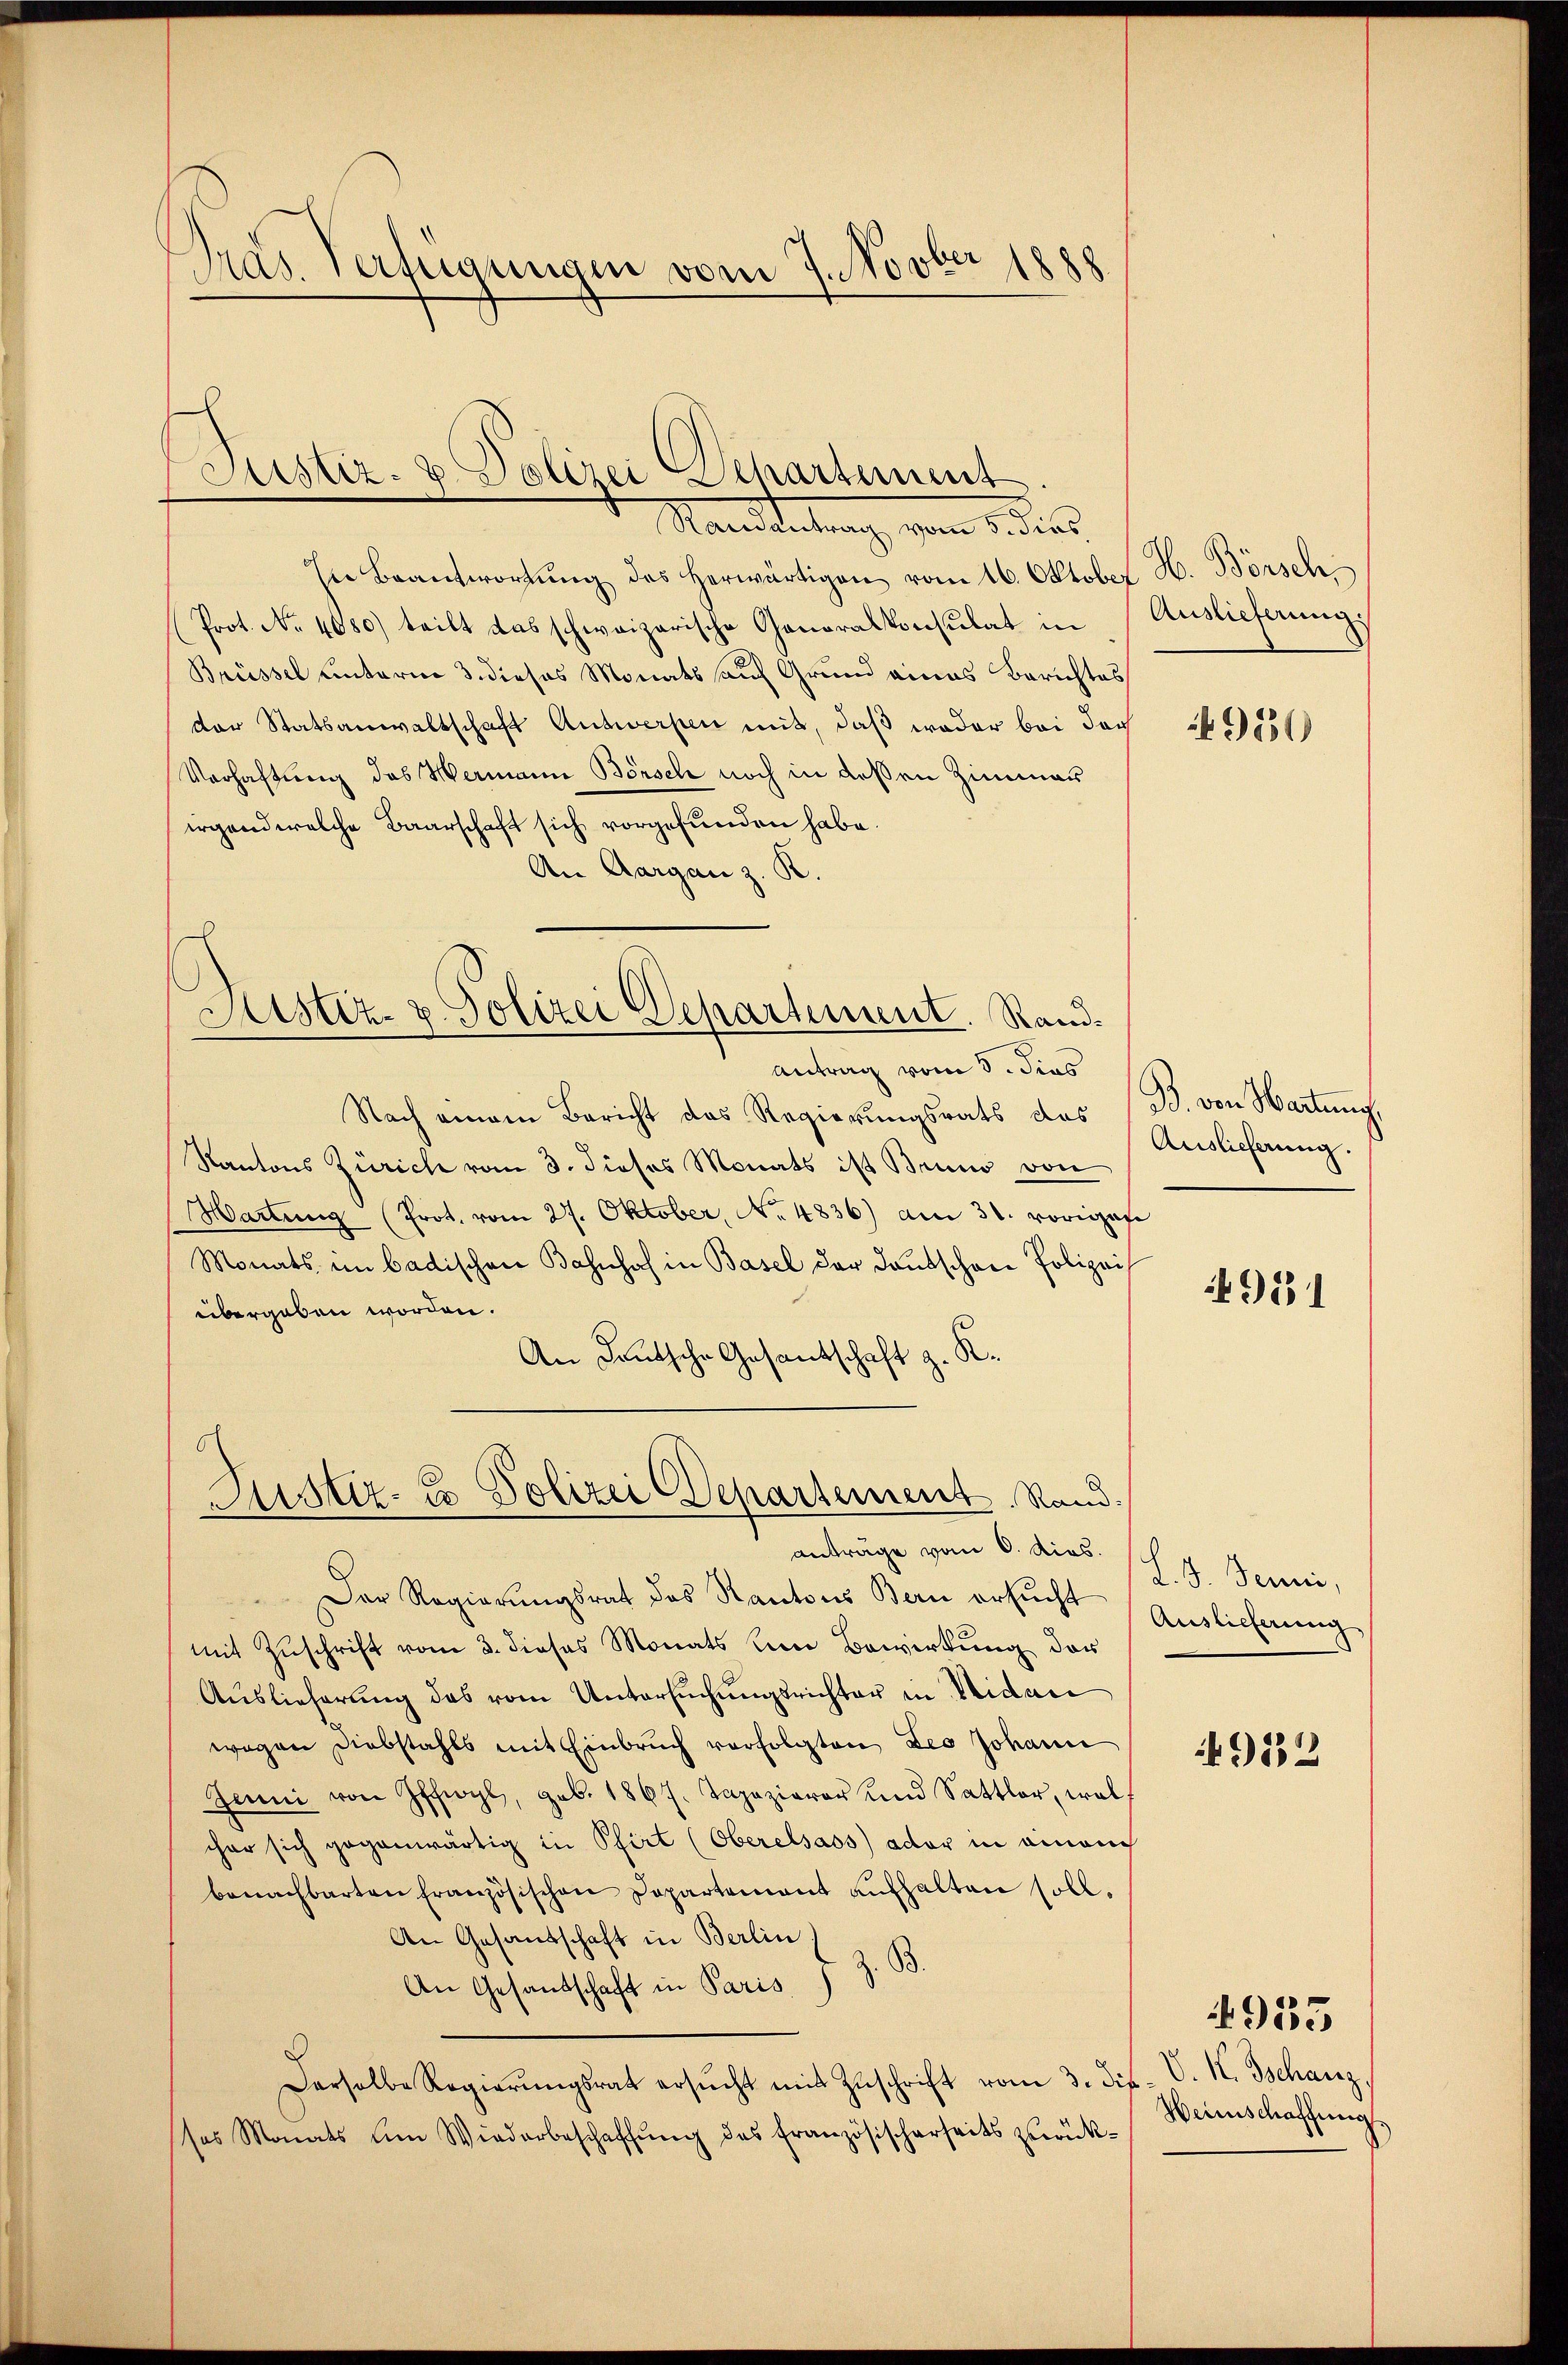
Dras Verfügungen vom 7. Novber 1888

Justiz- & Polizei Departement

Mandertung vom 1. der
In Beantwortŭng des herwärtigen vom 16. Oktober H. Börschi
Prot. No. 4080) teilt das schweizerische Generalkonsulat in
Brüssel unterm 3. dieses Monats auf Grund eines Berichtes
der Statsanwaltschaft Antworfen mit, daß weder bei doch
Verhaftung des Wermann Börsch noch in deßen Zimmer
irgend welche Baarschaft sich vorgefunden habe.
An Aargau z. R.
Sistiz- & Polizei Departement. Randantrag vom 3. dies
Nach einem Bericht das Regierungsrats des (B. von Hartung,
Kantons Zürich vom 3. dieses Monats ist Bruno von
Hartung (Prot. vom 27. Oktober, No. 4836) am 31. voriges
Monats im badischen Bahnhof in Basel der Deutschen Polizeis
übergeben worden.
An Deutsche Gesantschaft z. K.

Fustiz- & Polizei Departement Rand.
anträge vom 6. dies

Auslieferung.

Der Regierŭngsrat des Kantons Bern ersŭcht (Auslichnŭng.
mit Zuschrift vom 3. dieses Monats um Bewirkung der
Auslieferung des vom Untersŭchŭngsrichter in Nidau
wegen Diebstahls mit Einbruch verfolgten Leo Johann
Jenni von Iffwyl, geb. 1867. Tapazierer und Sattler, wel
cher sich gegenwärtig in Pfirt (Oberelsass) ador in einauch
benachbarten Französischen Departement aŭfhalten soll.
An Gesandschaft in Berlin,
An Gesandschaft in Paris. Z. B.
Derselbe Regierŭngsrat ersŭcht mit Zŭschrift vom 3. ds. v. M. Tschanz.
sos Monats um Wiederbeschaffung des Französischerseits zurück¬

4950

Auslieferung.

4951

L.G. Jenni,

4952

Weinschaffung

4953